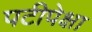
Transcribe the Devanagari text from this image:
पटीपेक्षा